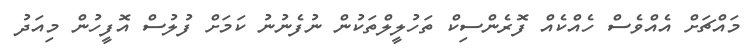
މައްޗަށް އެއްވެސް ހެއްކެެއް ފޮރެންސިކް ތަހުލީލްތަކުން ނުފެނުނު ކަމަށް ފުލުސް އޮފީހުން މިއަދު